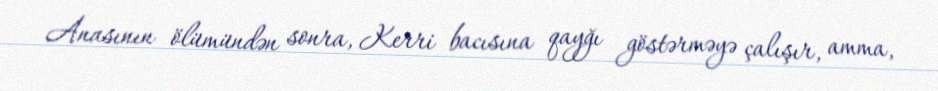
Anasının ölümündən sonra, Kerri bacısına qayğı göstərməyə çalışır, amma,